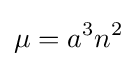
\mu =a^{3}n^{2}